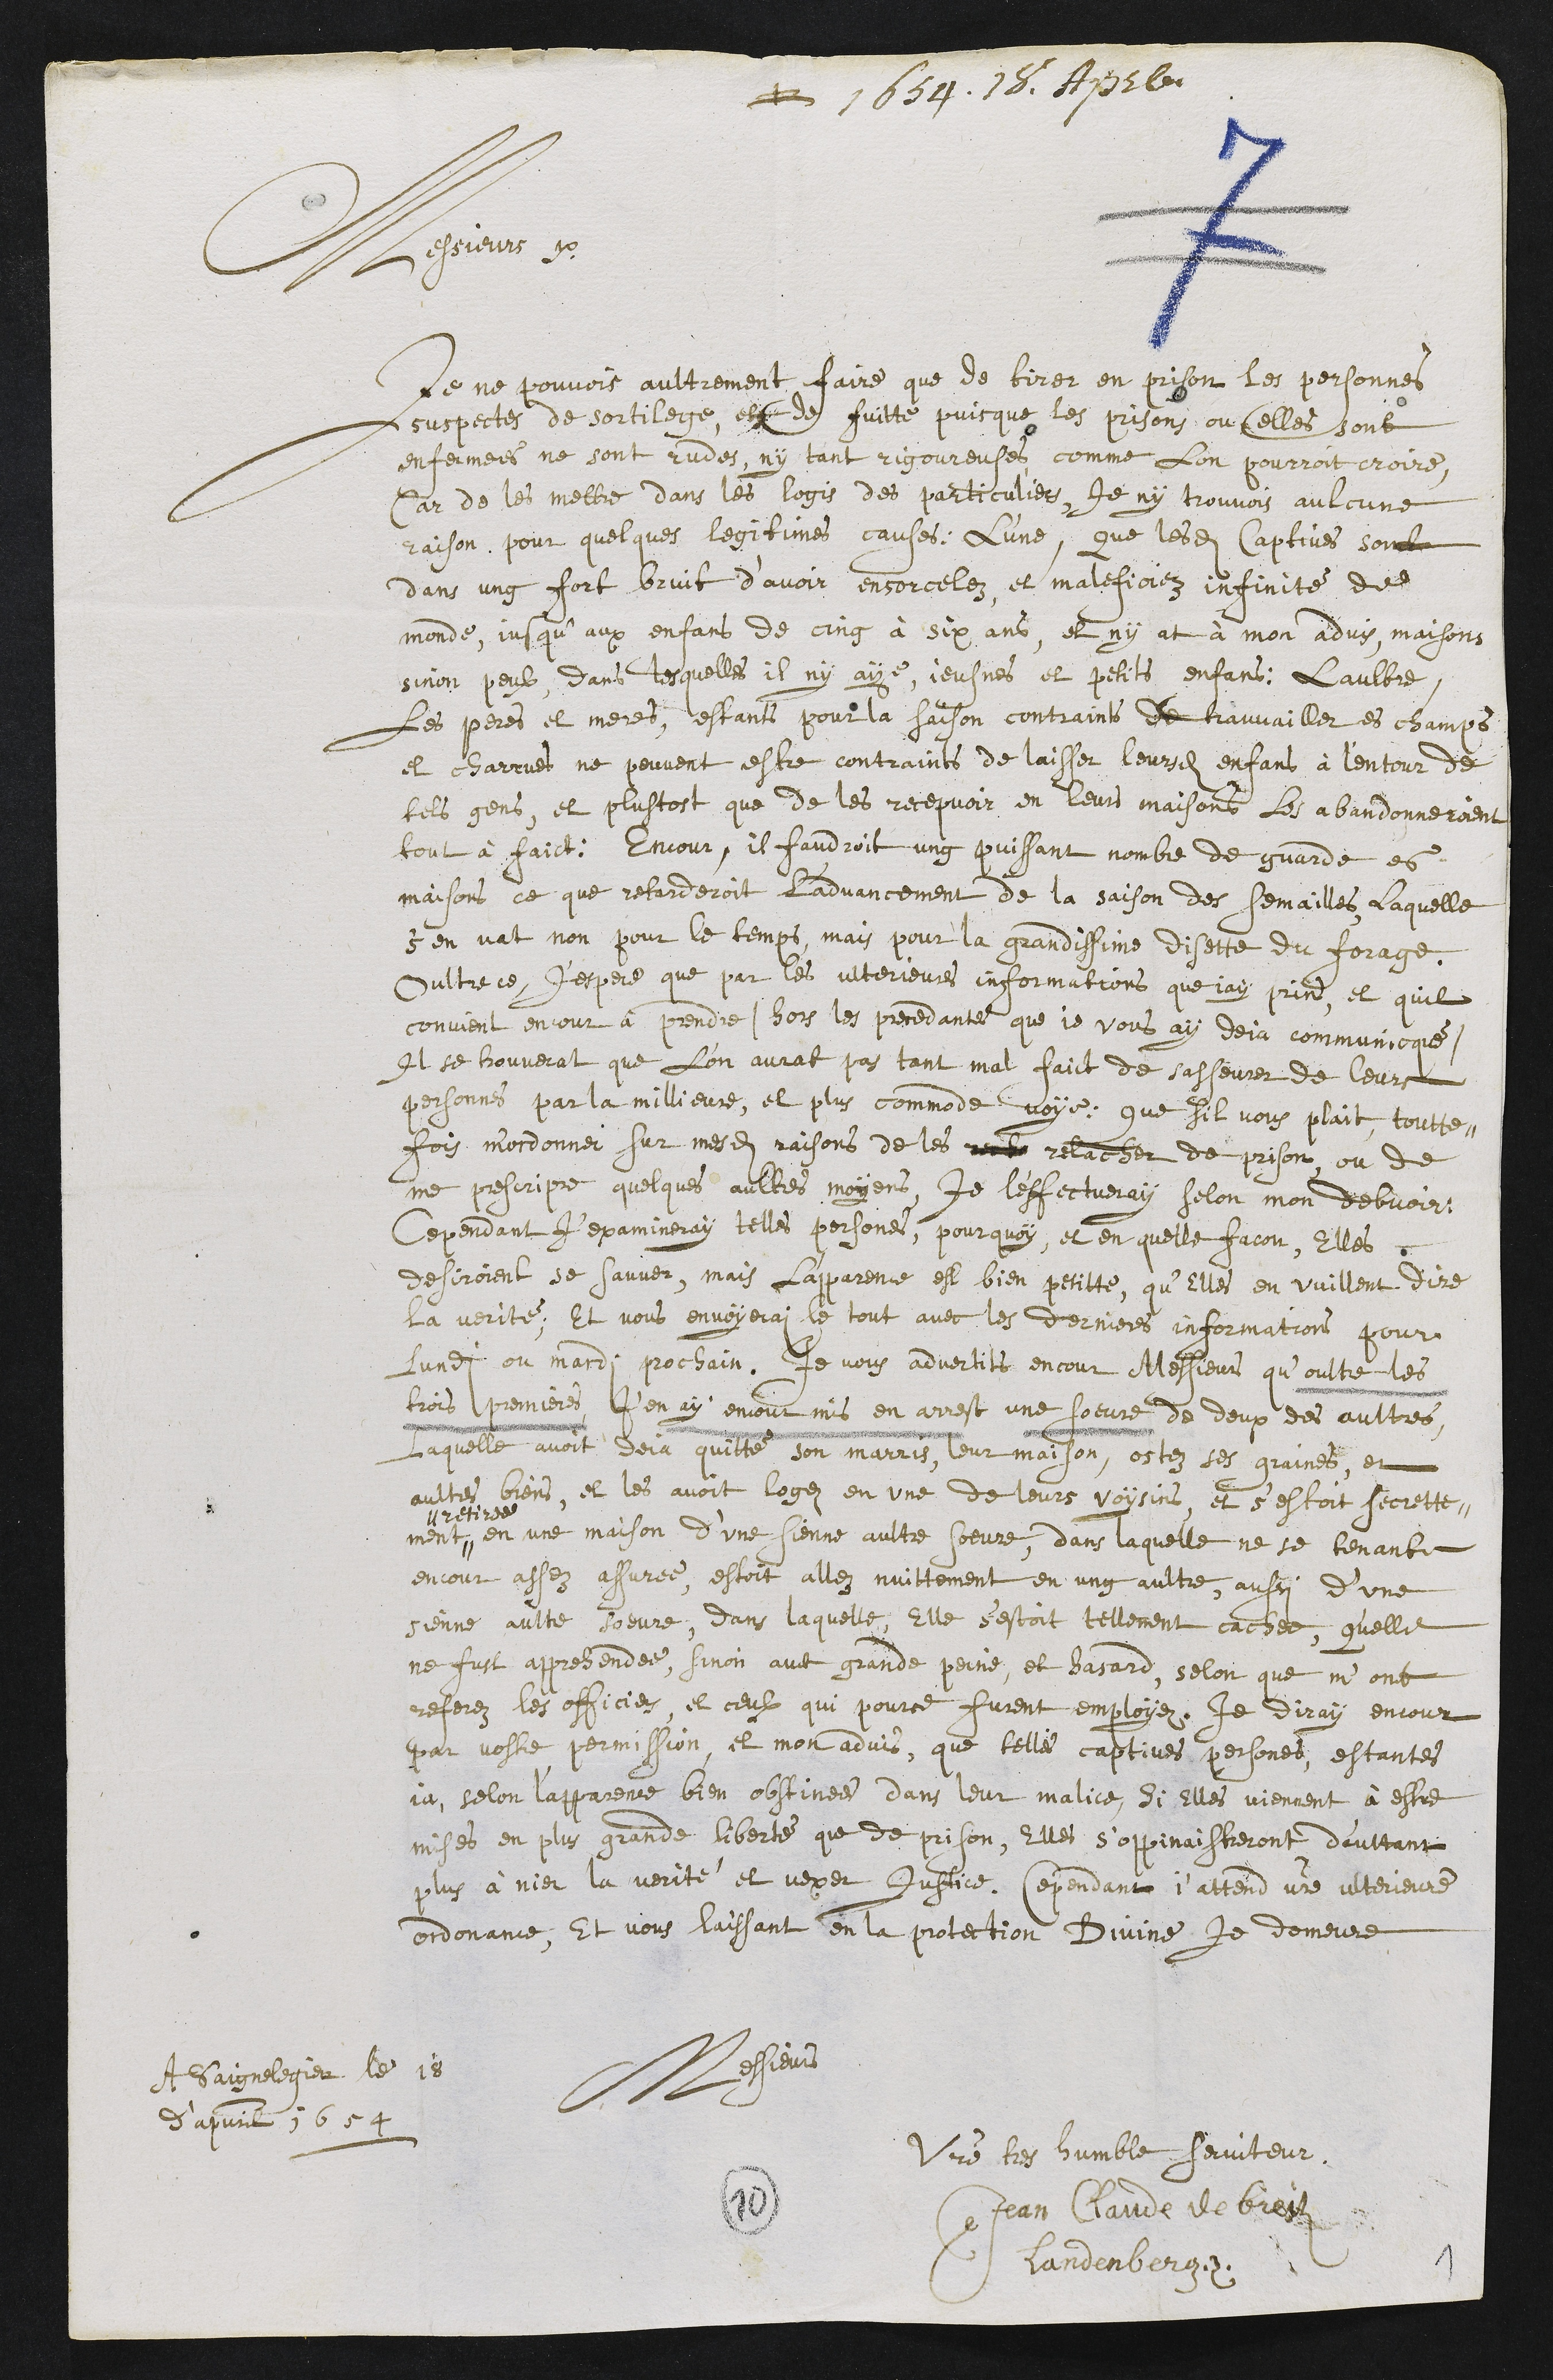
+ 1654. 18. Aprle
Messieurs
Je ne pouvois aultrement faire que de tirer en prison les personnes
suspectes de sortilege, et de fuitte puisque les prisons ou celles sont
enfermees ne sont rudes, ny tant rigoureuses, comme lon pourroit croire,
Car de les mettre dans les logis des particuliers, Je ny trouvois aulcune
raison, pour quelques legitimes causes: L'une, que lesdits captives sont
dans ung fort bruit d’avoir ensorcelez, et maleficiez infinité de
monde, jusqu’aux enfans de cinq à six ans, et ny at à mon advis, maisons
sinon peulx, dans lesquelles il ny aye jeusnes et petits enfans: Laultre
Les peres et meres, estant pour la saison contraints de trauvailler es champs
et charrues ne peuvent estre contraints de laisser leursdits enfans à l’entour de
tels gens, et plustost que de les recepvoir en leurs maisons Les abandonneroient
tout à faict: Encour, il faudroit ung puissant nombre de guarde es
maisons, ce que retarderoit l'advancement de la saison des semailles, laquelle
sen vat non pour le temps, mais pour la grandissime disette du forage.
Oultre ce, J'espere que par les ulterieures informations que jay prins, et quil
convient encour à prendre (hors les precedantes que je vous ay deja communiqué)
Il se trouverat que L’on aurat pas tant mal faict de sasseurer de leurs
personnes par la millieure, et plus commode voye, que sil vous plait, toutte¬
fois m'ordonner sur mesdites raisons de les  relacher de prison, ou de
me prescripre quelques aultres moyens, je l'effectueray selon mon debvoir
Cependant J’examineray telles persones, pourquoy, et en quelle facon, Elles
desiroient se sauver, mais L’apparence est bien petitte, qu’Elles en vuillent dire
la verité, Et vous envoyerai le tout avec les dernieres informations pour
lundi ou mardi prochain. Je vous advertits encour Messieurs qu’oultre les
trois premieres, J’en ay encour mis en arrest une soeure de deux des aultres,
Laquelle avoit deja quitté son marris, leur maison, ostez ses graines et
aultres biens, et les avoit logez en une de leurs voysins et s’estoit secrette¬
ment,,
,,retiree
en une maison d’une sienne aultre soeure, dans laquelle ne se tenant
encour assez assuree, estoit allez nuittement en ung aultre, aussi d’une
sienne aultre soeure, dans laquelle, Elle s’estoit tellement cachee, quelle
ne fust apprehendee, sinon avec grande peine, et hasard, selon que m'ont
referez les officiers, et ceulx qui pource furent employez. Je diray encour
par vostre permission, et mon advis, que telle captives persones, estantes
ja, selon l’apparence bien obstinees dans leur malice, Si Elles viennent à estre
mises en plus grande liberté que de prison, Elles s'oppinaistreront d'aultant
plus à nier la verité et vexer Justice. Cependant j'attend votre ulterieure
ordonnance, Et vous laissant en la protection Divine Je demeure
Messieurs
Votre tres humble serviteur,
Jean Claude de breiten
Landenberg
A Saignelegier le 18
d'apvril 1654
10
1